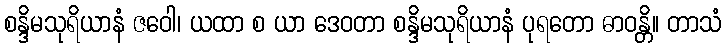
စန္ဒိမသုရိယာနံ ဇဝေါ၊ ယထာ စ ယာ ဒေဝတာ စန္ဒိမသုရိယာနံ ပုရတော ဓာဝန္တိ။ တာသံ